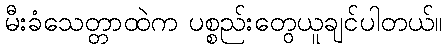
မီးခံသေတ္တာထဲက ပစ္စည်းတွေယူချင်ပါတယ်။